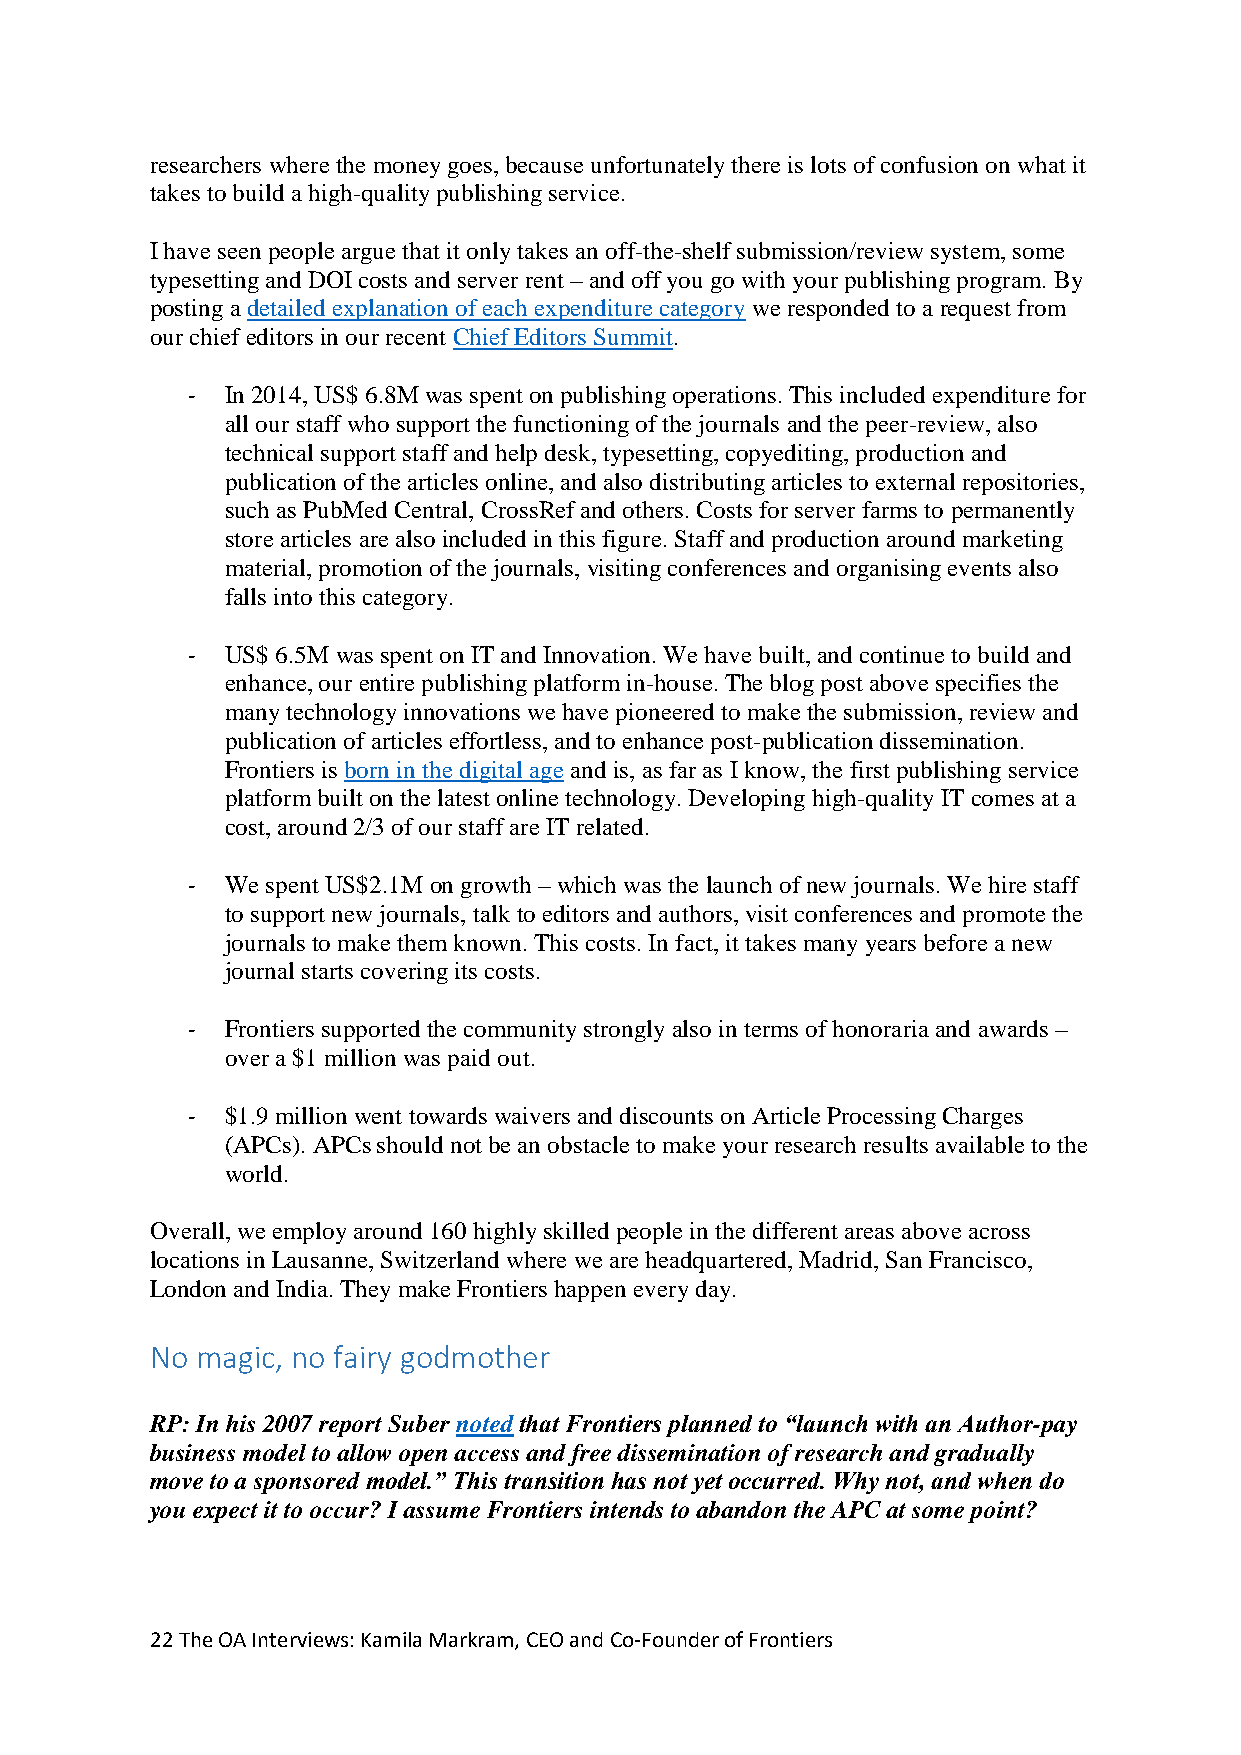
researchers where the money goes, because unfortunately there is lots of confusion on what it
 takes to build a high-quality publishing service.
 I have seen people argue that it only takes an off-the-shelf submission/review system, some
 typesetting and DOI costs and server rent – and off you go with your publishing program. By
 posting a detailed explanation of each expenditure category we responded to a request from
 our chief editors in our recent Chief Editors Summit.
 -  In 2014, US$ 6.8M was spent on publishing operations. This included expenditure for
 all our staff who support the functioning of the journals and the peer-review, also
 technical support staff and help desk, typesetting, copyediting, production and
 publication of the articles online, and also distributing articles to external repositories,
 such as PubMed Central, CrossRef and others. Costs for server farms to permanently
 store articles are also included in this figure. Staff and production around marketing
 material, promotion of the journals, visiting conferences and organising events also
 falls into this category.
 -  US$ 6.5M was spent on IT and Innovation. We have built, and continue to build and
 enhance, our entire publishing platform in-house. The blog post above specifies the
 many technology innovations we have pioneered to make the submission, review and
 publication of articles effortless, and to enhance post-publication dissemination.
 Frontiers is born in the digital age and is, as far as I know, the first publishing service
 platform built on the latest online technology. Developing high-quality IT comes at a
 cost, around 2/3 of our staff are IT related.
 -  We spent US$2.1M on growth – which was the launch of new journals. We hire staff
 to support new journals, talk to editors and authors, visit conferences and promote the
 journals to make them known. This costs. In fact, it takes many years before a new
 journal starts covering its costs.
 -  Frontiers supported the community strongly also in terms of honoraria and awards –
 over a $1 million was paid out.
 -  $1.9 million went towards waivers and discounts on Article Processing Charges
 (APCs). APCs should not be an obstacle to make your research results available to the
 world.
 Overall, we employ around 160 highly skilled people in the different areas above across
 locations in Lausanne, Switzerland where we are headquartered, Madrid, San Francisco,
 London and India. They make Frontiers happen every day.
 No magic, no fairy godmother
 RP: In his 2007 report Suber noted that Frontiers planned to “launch with an Author-pay
 business model to allow open access and free dissemination of research and gradually
 move to a sponsored model.” This transition has not yet occurred. Why not, and when do
 you expect it to occur? I assume Frontiers intends to abandon the APC at some point?
 22 The OA Interviews: Kamila Markram, CEO and Co-Founder of Frontiers